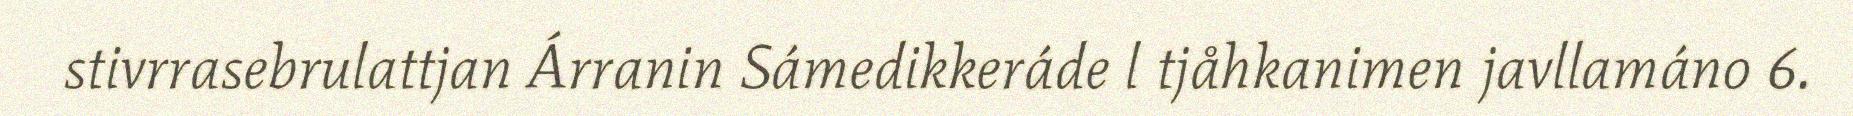
stivrrasebrulattjan Árranin Sámedikkeráde l tjåhkanimen javllamáno 6.